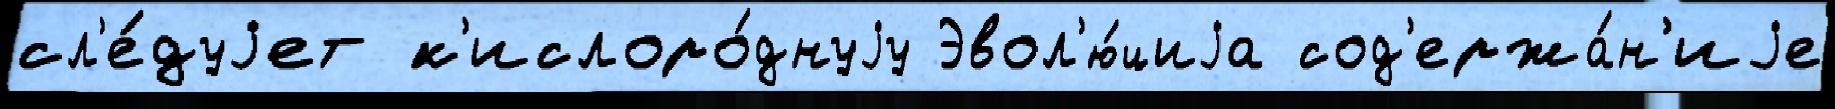
сл'е́дуjет к'ислоро́днуjу Эвол'ю́циjа сод'ержа́н'иjе